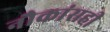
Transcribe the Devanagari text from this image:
नौकांसही